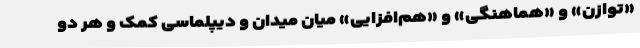
«توازن» و «هماهنگی» و «هم‌افزایی» میان میدان و دیپلماسی کمک و هر دو